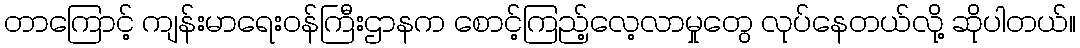
တာကြောင့် ကျန်းမာရေးဝန်ကြီးဌာနက စောင့်ကြည့်လေ့လာမှုတွေ လုပ်နေတယ်လို့ ဆိုပါတယ်။